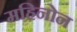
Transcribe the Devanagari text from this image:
महिनोन